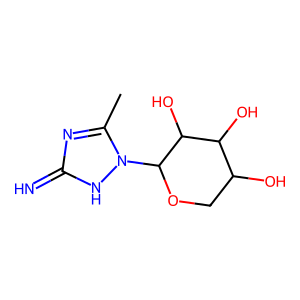
SMILES: Cc1nc(=N)[nH]n1C1OCC(O)C(O)C1O
Inhibits HIV replication: No